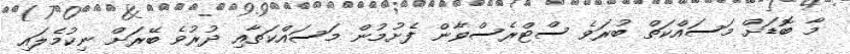
މާ ބޮޑަށް މަސައްކަތް ބުރަވެ ސްޓްރެސްވާން ފެށުމުން މަސައްކަތާއި ދުރުވެ ބޭރަށް ނިކުމެލައި